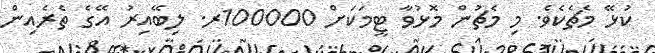
ކުޅޭ މެޗެކެވެ. މި މެޗުން މޮޅުވާ ޓީމަކަށް 100000ރ. ލިބޭއިރު އޭގެ ތެރެއިން